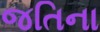
જતિના